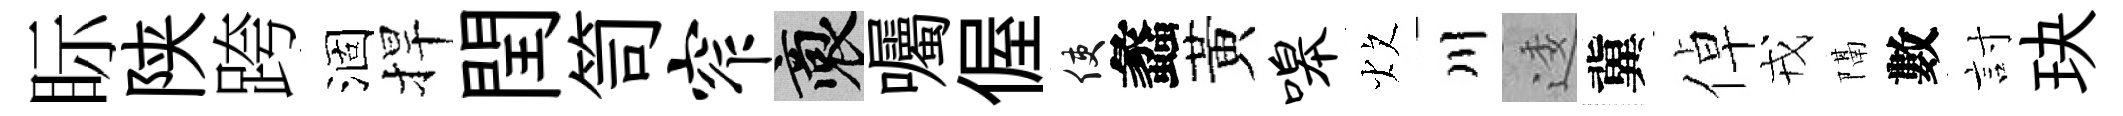
眎陕跨涸捍閏笥窄裔囑偓使蠡黃嗥炊川逶冀倬戎隔數討玦